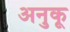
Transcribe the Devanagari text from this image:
अनुकू